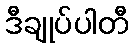
ဒီချုပ်ပါတီ